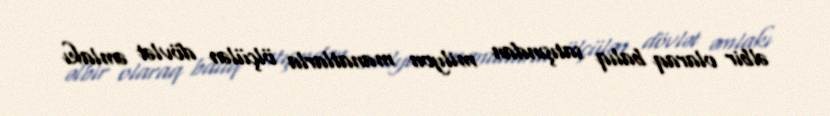
əlbir olaraq balıq satışından milyon manatlarla ölçülən dövlət əmlakı